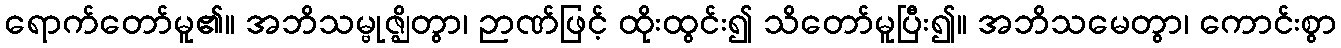
ရောက်တော်မူ၏။ အဘိသမ္ဗုဇ္ဈိတွာ၊ ဉာဏ်ဖြင့် ထိုးထွင်း၍ သိတော်မူပြီး၍။ အဘိသမေတွာ၊ ကောင်းစွာ